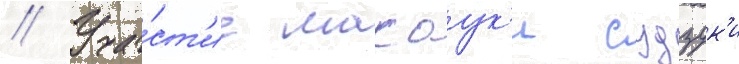
// Уча́ст'ие масаук'и судзук'и